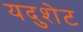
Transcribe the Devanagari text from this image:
यदुशेट